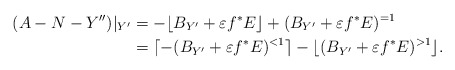
\begin{align*}(A-N-Y'')|_{Y'}&=-\lfloor B_{Y'}+\varepsilon f^*E\rfloor+(B_{Y'}+\varepsilon f^*E)^{=1}\\&=\lceil -(B_{Y'}+\varepsilon f^*E)^{<1}\rceil -\lfloor (B_{Y'}+\varepsilon f^*E)^{>1}\rfloor. \end{align*}